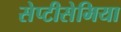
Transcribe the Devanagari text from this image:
सेप्टीसेमिया